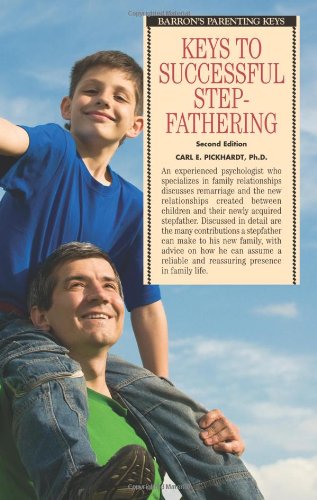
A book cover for Keys to Successful Stepfathering (Barron's Parenting Keys); Carl E. Pickhardt Ph.D.; Parenting & Relationships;